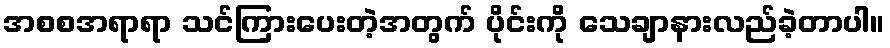
အစစအရာရာ သင်ကြားပေးတဲ့အတွက် ပိုင်းကို သေချာနားလည်ခဲ့တာပါ။